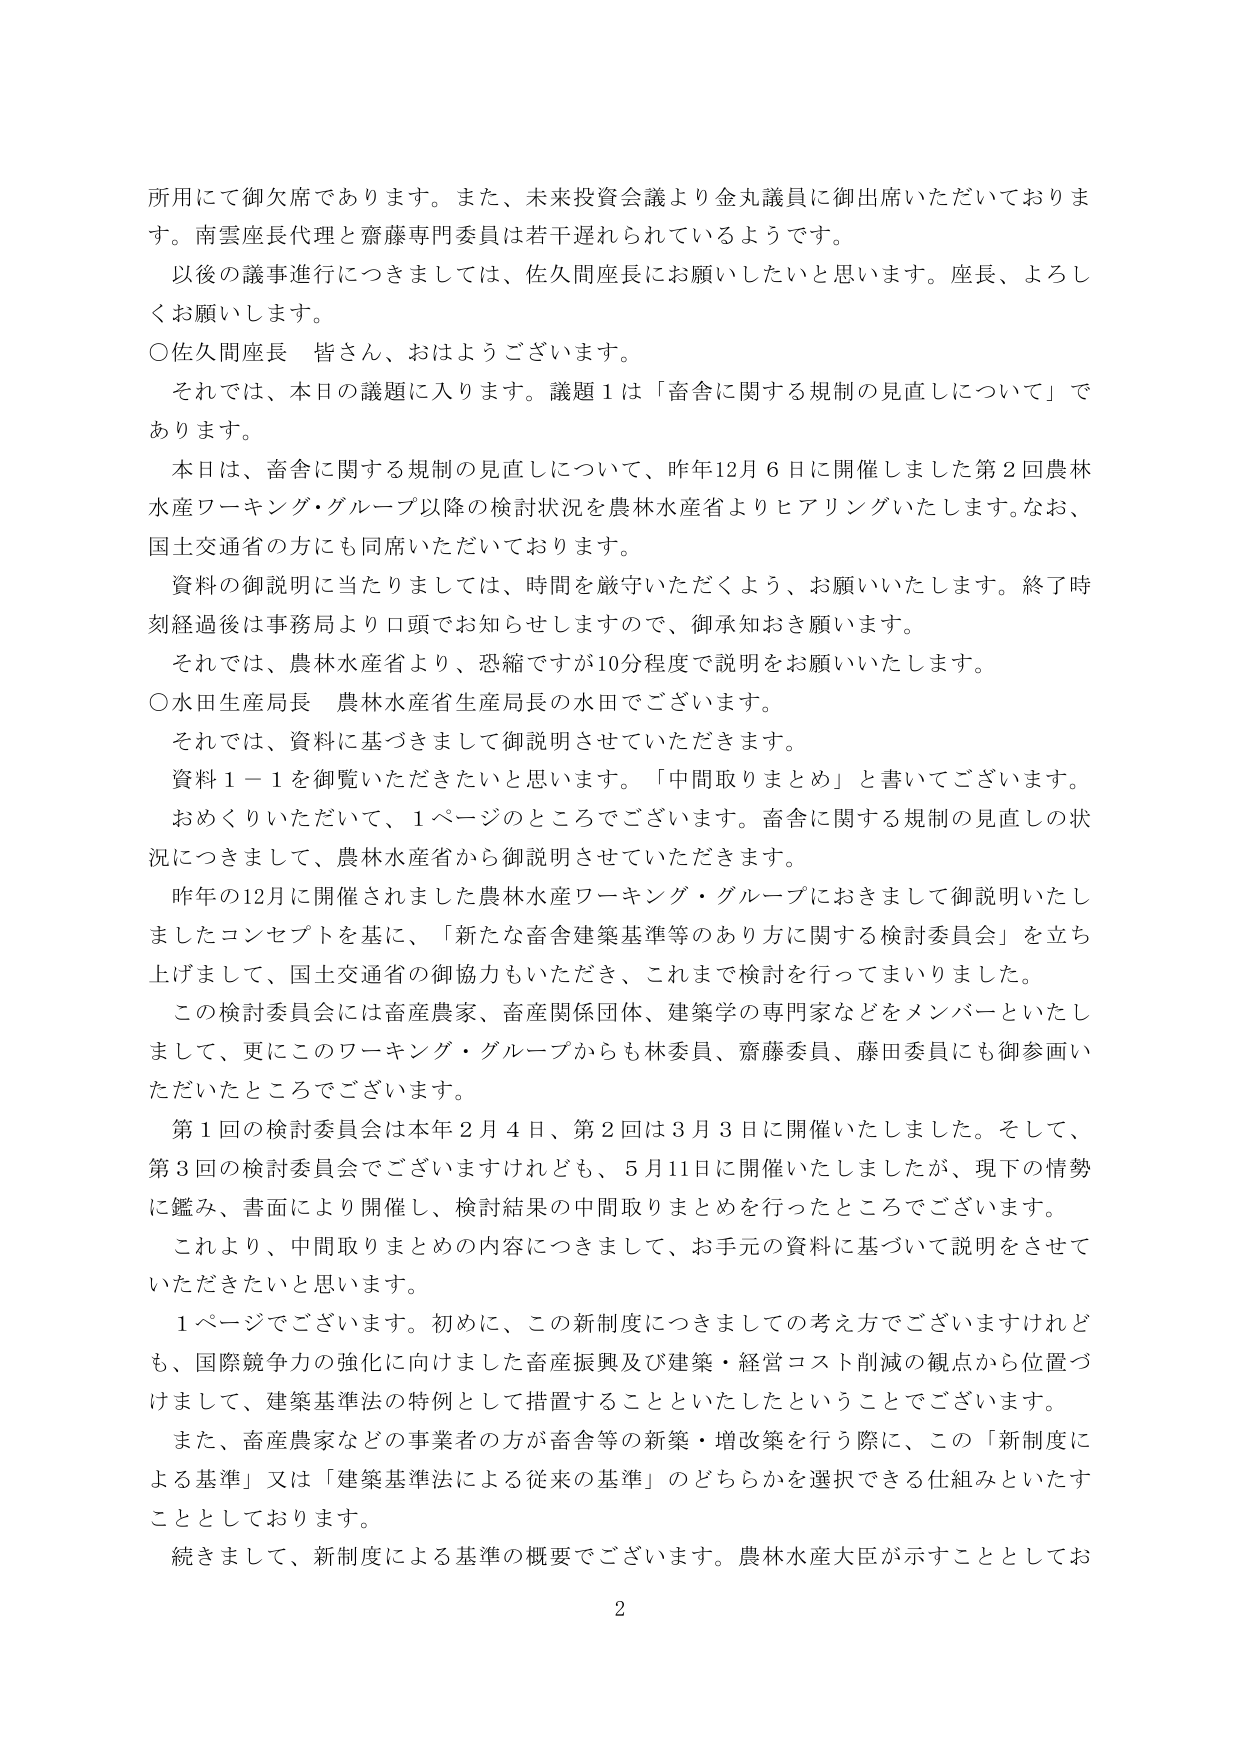
所用にて御欠席であります。また、未来投資会議より金丸議員に御出席いただいております。南雲座長代理と齋藤専門委員は若干遅れられているようです。

以後の議事進行につきましては、佐久間座長にお願いしたいと思います。座長、よろしくお願いします。

○佐久間座長　皆さん、おはようございます。

それでは、本日の議題に入ります。議題１は「畜舎に関する規制の見直しについて」であります。

本日は、畜舎に関する規制の見直しについて、昨年12月6日に開催しました第2回農林水産ワーキング・グループ以降の検討状況を農林水産省よりヒアリングいたします。なお、国土交通省の方にも同席いただいております。

資料の御説明に当たりましては、時間を厳守いただくよう、お願いいたします。終了時刻経過後は事務局より口頭でお知らせしますので、御承知おき願います。

それでは、農林水産省より、恐縮ですが10分程度で説明をお願いいたします。

○水田生産局長　農林水産省生産局長の水田でございます。

それでは、資料に基づきまして御説明させていただきます。

資料１－１を御覧いただきたいと思います。「中間取りまとめ」と書いてございます。

おめくりいただいて、1ページのところでございます。畜舎に関する規制の見直しの状況につきまして、農林水産省から御説明させていただきます。

昨年の12月に開催されました農林水産ワーキング・グループにおきまして御説明いたしましたコンセプトを基に、「新たな畜舎建築基準等のあり方に関する検討委員会」を立ち上げまして、国土交通省の御協力もいただき、これまで検討を行ってまいりました。

この検討委員会には畜産農家、畜産関係団体、建築学の専門家などをメンバーといたしまして、更にこのワーキング・グループからも林委員、齋藤委員、藤田委員にも御参画いただいたところでございます。

第1回の検討委員会は本年2月4日、第2回は3月3日に開催いたしました。そして、第3回の検討委員会でございますけれども、5月11日に開催いたしましたが、現下の情勢に鑑み、書面により開催し、検討結果の中間取りまとめを行ったところでございます。

これより、中間取りまとめの内容につきまして、お手元の資料に基づいて説明をさせていただきたいと思います。

1ページでございます。初めに、この新制度につきましての考え方でございますけれども、国際競争力の強化に向けました畜産振興及び建築・経営コスト削減の観点から位置づけまして、建築基準法の特例として措置することといたしたということでございます。

また、畜産農家などの事業者の方が畜舎等の新築・増改築を行う際に、この「新制度による基準」又は「建築基準法による従来の基準」のどちらかを選択できる仕組みといたすこととしております。

続きまして、新制度による基準の概要でございます。農林水産大臣が示すこととしてお

2